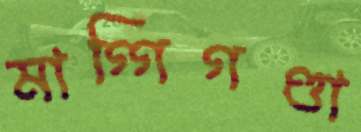
মাগ্গিগণ্ডা